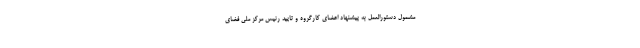
مشمول دستورالعمل به پیشنهاد اعضای کارگروه و تایید رئیس مرکز ملی فضای